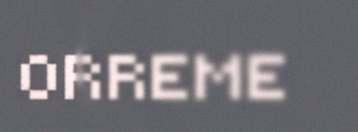
ORREME